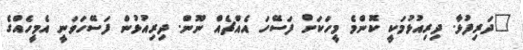
"ދަރިފުޅާ. ދިރިއުޅުމަކީ ކޮންމެ މީހަކަށް ފަސޭހަ އެއްޗެއް ނޫން. ދިރިއުޅުން ފަސޭހަވަނީ އެމީހެއްގެ